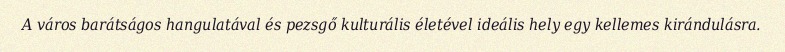
A város barátságos hangulatával és pezsgő kulturális életével ideális hely egy kellemes kirándulásra.